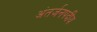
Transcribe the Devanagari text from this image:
अंतर्जनपदीय